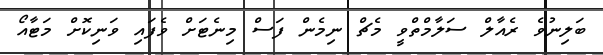
ބަލިނުވެ ރެއާލް ސަލާމްތްވީ މެޗް ނިމެން ފަސް މިނެޓަށް ވެފައި ވަނިކޮށް މަޓާއޯ